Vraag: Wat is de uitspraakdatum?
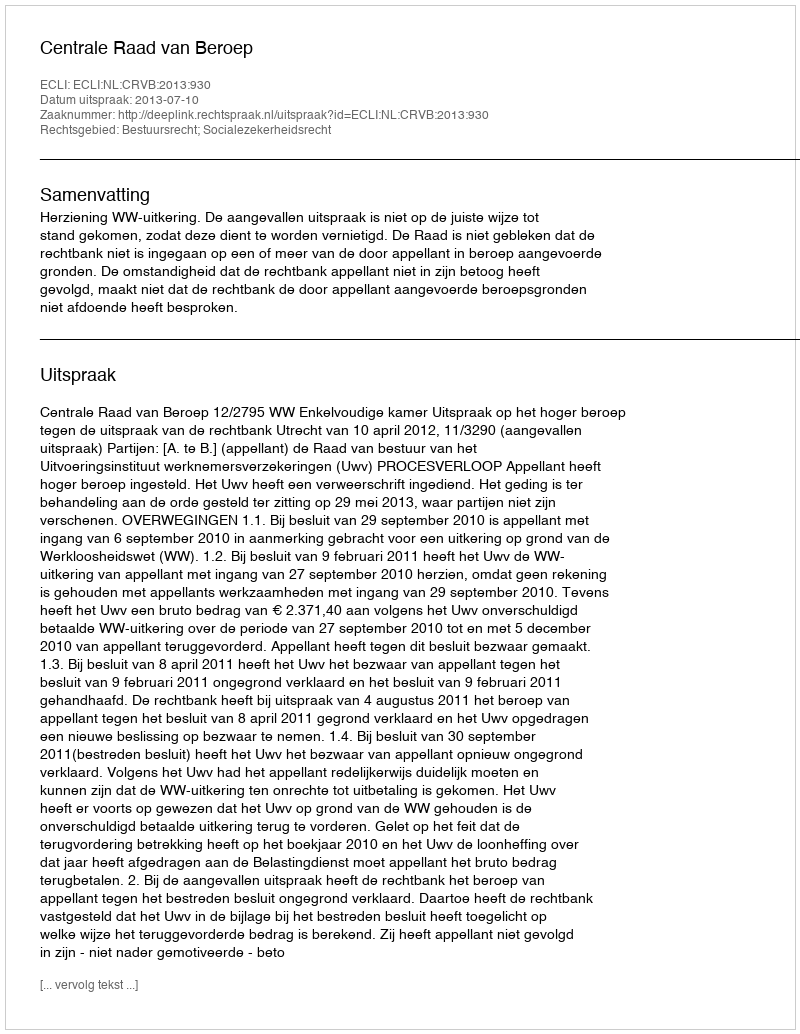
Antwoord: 2013-07-10